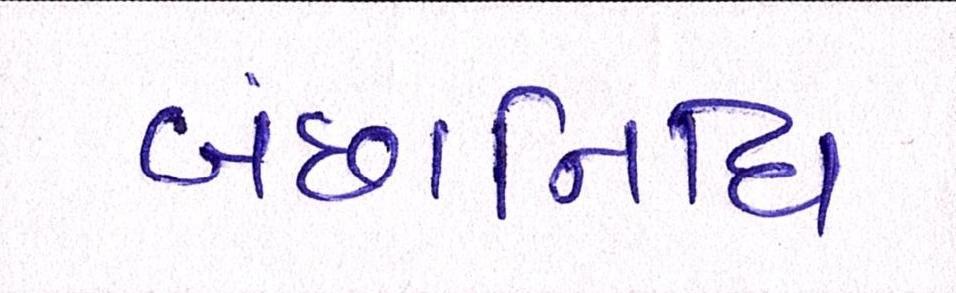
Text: બંછાનિધિ